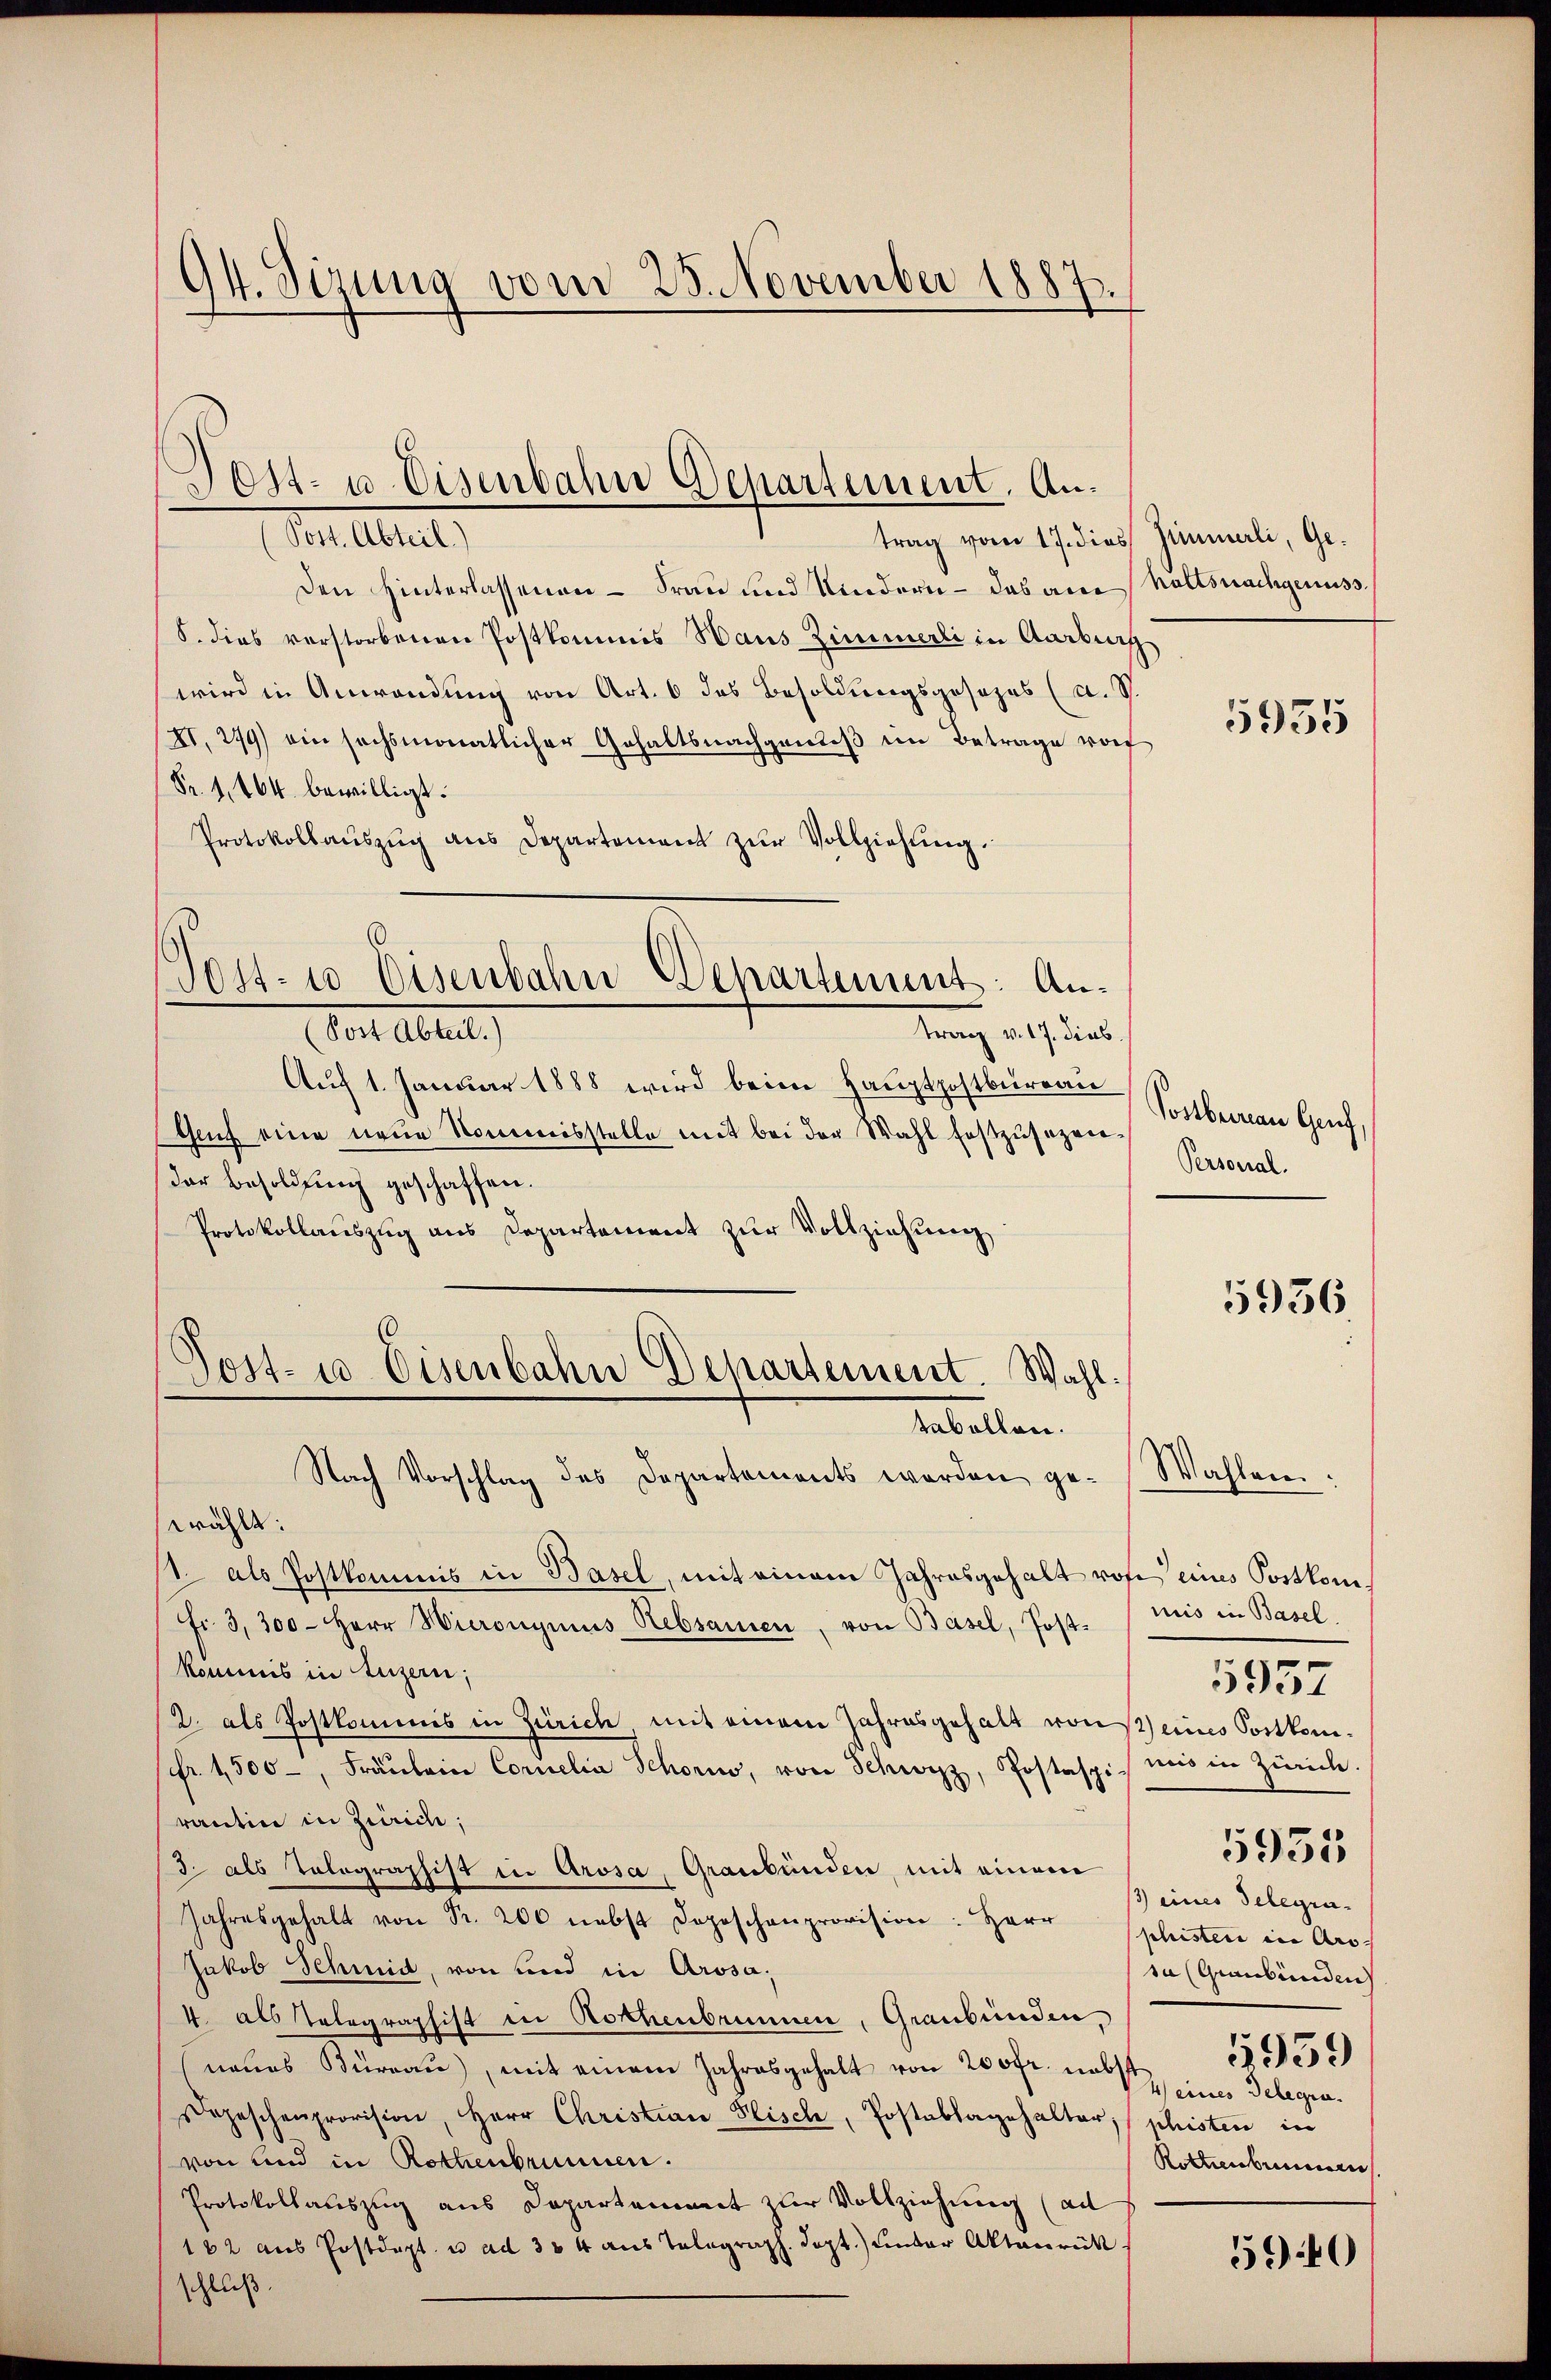
94. Sizung vom 25. November 1887.

Post- u Eisenbahn Departement. An¬

Milbert,
trag vom 17. dies Zimmerli, Ge¬
Den Hinterlassenen - Frau und Kindern - das am haltsnachgenuss.
8. dies verstorbenen Postkommis Haus Zimmerli in Aarbeig
wird in Anwendung von Art. 6 das Besoldungsgesezes (a. S.
II. 249) ein sechsmonatlicher Gehaltsnachgenieß im Betrage vorf
Fr. 1,464. bewilligt.
Protokollaŭszŭg ans Departement zŭr Vollziehung.
60
Post. 10 Eisenbahn Departement: Antung 217. des
Vor Altert
Auf 1. Januar 1888 wird beim Hauptpostbureau
Guh eine neue Nommisstelle mit bei der Wahl festzŭsezen-
der Besoldung geschaffen.
Protokollauszug aus Departement zur Vollziehung

wählt:
/. als Postkommis in Basel, mit einem Jahresgehalt rose eines Postkom¬
Fr. 3, 300 - Herr Hieronymus Rebsamen, von Basel, Post. (miis in Basel.
kommis in Luzern;
2. als Postkommnis in Zürich, mit einem Jahresgehalt von seines Portkomsfr. 1500, Fräŭlein Cornelia Schon, von Schwyz, Postaspis mir in Zürich
rantin in Zürich,
3. als Tolographist in Arosa, Graubünden, mit einem
Jahresgehalt von Fr. 200 nebst Depeschenprovision: Herr phisten in Ars-
Jakob Schmid, von und in Arosa,
4. als Telegraphist in Rothenbrunnen, Graubünden,
neues Büreau, mit einem Jahresgehalt von 200fr. nebst
Depeschenprovision, Herr Christian Plisch, Postablagehalter, histen in
von und in Rothenbrunnen.
Protokollauszug aus Departement zur Vollziehung (ad
162 aus Postdept. u. ad 354 aus Telegraph. Sept.) unter Aktaurück
schluß

Post- u. Eisenbahn Departement. Wahl.
Tabellen.
Nach Vorschlag des Departements werden ge-Wahlen:

5935

Sostberau Genf,
Personal.

5936

5935
ß) eines Telegrasa (Graubünden
1959
4 eines Delegen.
Rottenbrunnen

5957

5940